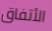
الأتفاق